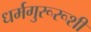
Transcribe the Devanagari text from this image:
धर्मगुरूरूशी